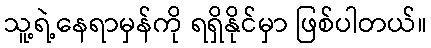
သူ့ရဲ့နေရာမှန်ကို ရရှိနိုင်မှာ ဖြစ်ပါတယ်။